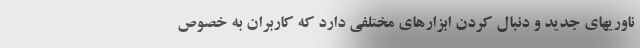
ناوریهای جدید و دنبال کردن ابزارهای مختلفی دارد که کاربران به خصوص